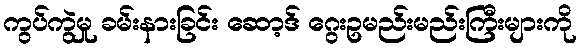
ကွပ်ကွဲမှု ခမ်းနားခြင်း ဆော့ဒ် ဂွေးဥမည်းမည်းကြီးများကို